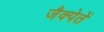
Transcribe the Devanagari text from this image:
जैक्पेतें